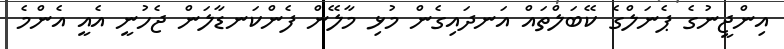
އިންޖީނުގެ ޕެނަލްގެ ކޭބަލްތައް އަނދައިގެން މުޅި މާލޭން ފެންކަނޑާލަން ޖެހުނީ އެއީ އެންމެ